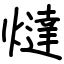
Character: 燵